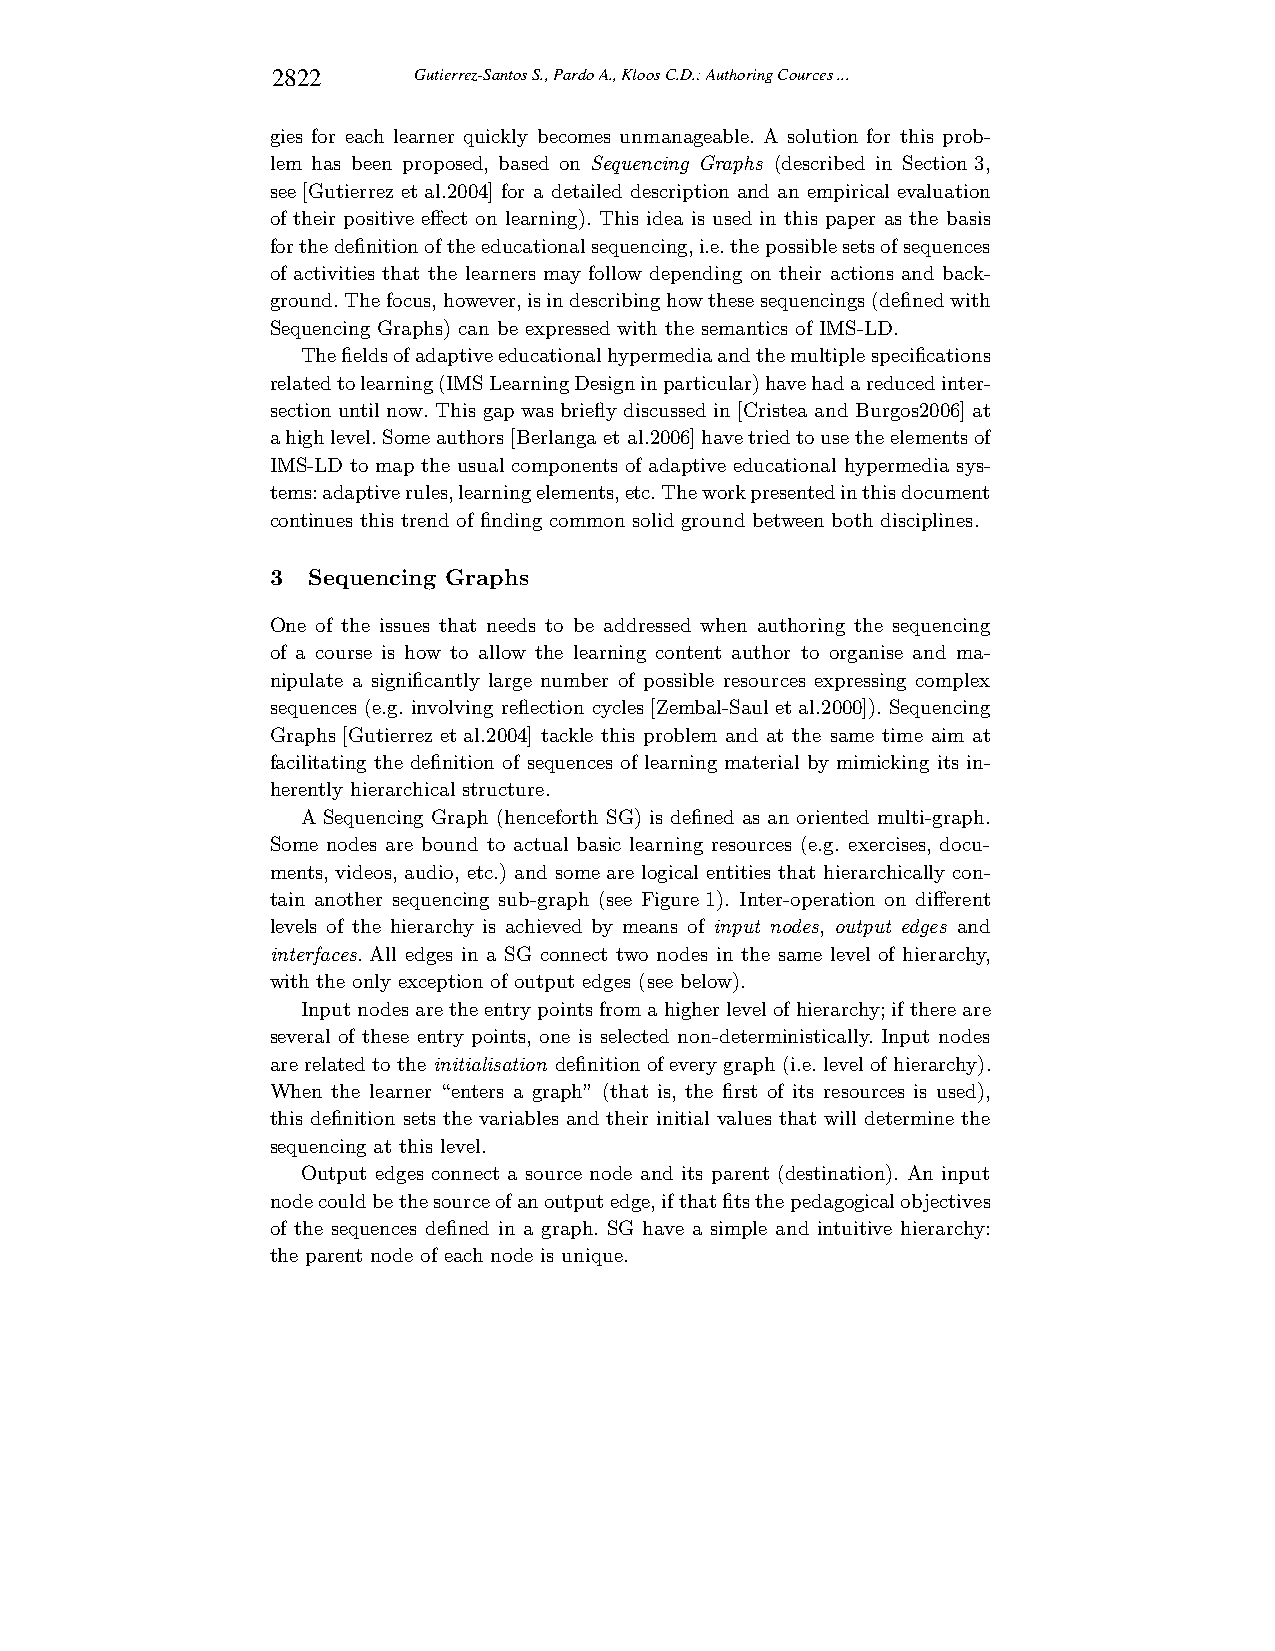
2822     Gutierrez-Santos S., Pardo A., Kloos C.D.: Authoring Cources ...
 gies for each learner quickly becomes unmanageable. A solution for this prob-
 lem has been proposed, based on Sequencing Graphs (described in Section3,
 see[Gutierrez etal.2004] for a detailed description and an empirical evaluation
 of their positive effect on learning). This idea is used in this paper as the basis
 forthedefinitionoftheeducationalsequencing,i.e.thepossiblesetsofsequences
 of activities that the learners may follow depending on their actions and back-
 ground.Thefocus,however,isindescribinghowthesesequencings(definedwith
 Sequencing Graphs) can be expressed with the semantics of IMS-LD.
 Thefieldsofadaptiveeducationalhypermediaandthemultiplespecifications
 relatedtolearning(IMSLearningDesigninparticular)havehadareducedinter-
 sectionuntil now.This gapwasbriefly discussedin[Cristea and Burgos2006]at
 ahighlevel.Someauthors[Berlanga et al.2006]havetriedtousetheelementsof
 IMS-LD to map the usual components of adaptive educational hypermedia sys-
 tems:adaptiverules,learningelements,etc.Theworkpresentedinthisdocument
 continues this trend of finding common solid ground between both disciplines.
 3 Sequencing Graphs
 One of the issues that needs to be addressed when authoring the sequencing
 of a course is how to allow the learning content author to organise and ma-
 nipulate a significantly large number of possible resources expressing complex
 sequences (e.g. involving reflection cycles [Zembal-Saul etal.2000]). Sequencing
 Graphs[Gutierrez etal.2004] tackle this problem and at the same time aim at
 facilitating the definition of sequences of learning material by mimicking its in-
 herently hierarchical structure.
 A Sequencing Graph (henceforth SG) is defined as an oriented multi-graph.
 Some nodes are bound to actual basic learning resources (e.g. exercises, docu-
 ments, videos, audio, etc.) and some are logical entities that hierarchically con-
 tain another sequencing sub-graph (see Figure1). Inter-operation on different
 levels of the hierarchy is achieved by means of input nodes, output edges and
 interfaces. All edges in a SG connect two nodes in the same level of hierarchy,
 with the only exception of output edges (see below).
 Inputnodesarethe entrypoints froma higherlevelofhierarchy;ifthere are
 several of these entry points, one is selected non-deterministically. Input nodes
 arerelatedto the initialisation definition ofeverygraph(i.e. levelofhierarchy).
 When the learner “enters a graph” (that is, the first of its resources is used),
 this definition sets the variables and their initial values that will determine the
 sequencing at this level.
 Output edges connect a source node and its parent (destination). An input
 nodecouldbethesourceofanoutputedge,ifthatfitsthepedagogicalobjectives
 of the sequences defined in a graph. SG have a simple and intuitive hierarchy:
 the parent node of each node is unique.